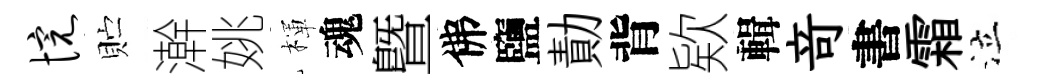
惋贮澣姚楎魂曁佛鹽勣背欵輯竒書霜泣